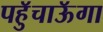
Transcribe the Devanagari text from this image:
पहुॅचाऊॅगा